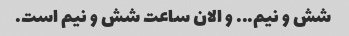
شش و نیم... و الان ساعت شش و نیم است.